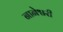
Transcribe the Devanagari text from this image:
नानेश्वरी